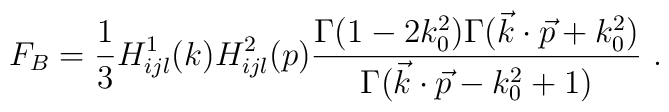
F_B= {1\over 3} H^1_{ijl} (k) H^2_{ijl} (p) {\Gamma (1-2k_0^2) \Gamma (\vec k\cdot \vec p +k_0^2)\over\Gamma (\vec k\cdot \vec p-k_0^2+1)} \ .